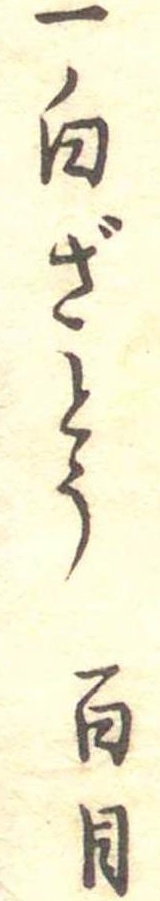
一白ざとう百目